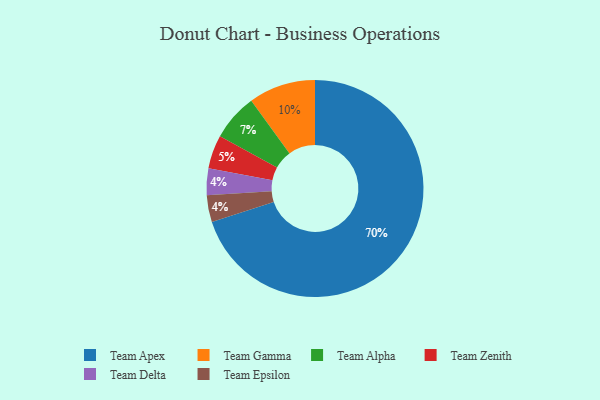
{"axis": {"x": "Category", "y": "Percentage"}, "legend": ["Team Alpha", "Team Apex", "Team Delta", "Team Epsilon", "Team Gamma", "Team Zenith"], "data": [{"x": "Team Alpha", "y": 7, "type": "Team Alpha"}, {"x": "Team Apex", "y": 70, "type": "Team Apex"}, {"x": "Team Delta", "y": 4, "type": "Team Delta"}, {"x": "Team Epsilon", "y": 4, "type": "Team Epsilon"}, {"x": "Team Zenith", "y": 5, "type": "Team Zenith"}, {"x": "Team Gamma", "y": 10, "type": "Team Gamma"}]}